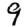
Digit: 9